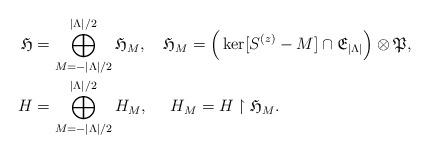
LaTeX: \begin{align*}\mathfrak{H}&=\bigoplus_{M=-|\Lambda|/2}^{|\Lambda|/2}\mathfrak{H}_M,\ \ \ \mathfrak{H}_M=\Big(\ker[S^{(z)}-M]\cap \mathfrak{E}_{|\Lambda|}\Big)\otimes \mathfrak{P},\\H&=\bigoplus_{M=-|\Lambda|/2}^{|\Lambda|/2} H_M,\ \ \ \ H_M=H\restriction \mathfrak{H}_M.\end{align*}